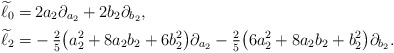
\begin{align*} \widetilde{\ell}_0 =&\, 2a_2 \partial_{a_2} + 2b_2 \partial_{b_2},\\ \widetilde{\ell}_2 =& -\tfrac{2}{5}\big(a_2^2 + 8a_2 b_2 + 6 b_2^2\big) \partial_{a_2} -\tfrac{2}{5}\big(6a_2^2 + 8a_2 b_2 + b_2^2\big) \partial_{b_2}.\end{align*}